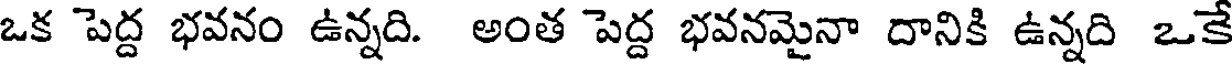
ఒక పెద్ద భవనం ఉన్నది. అంత పెద్ద భవనమైనా దానికి ఉన్నది ఒకే